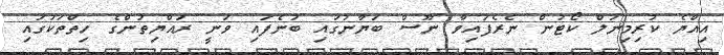
އިއްޔެ ކުރިމިނަލް ކޯޓުން ނެރެފައިވާ ނޫސް ބަޔާނުގައި ބުނެފައި ވަނީ ރައްޔިތުންގެ ހިތްތަކުގައި